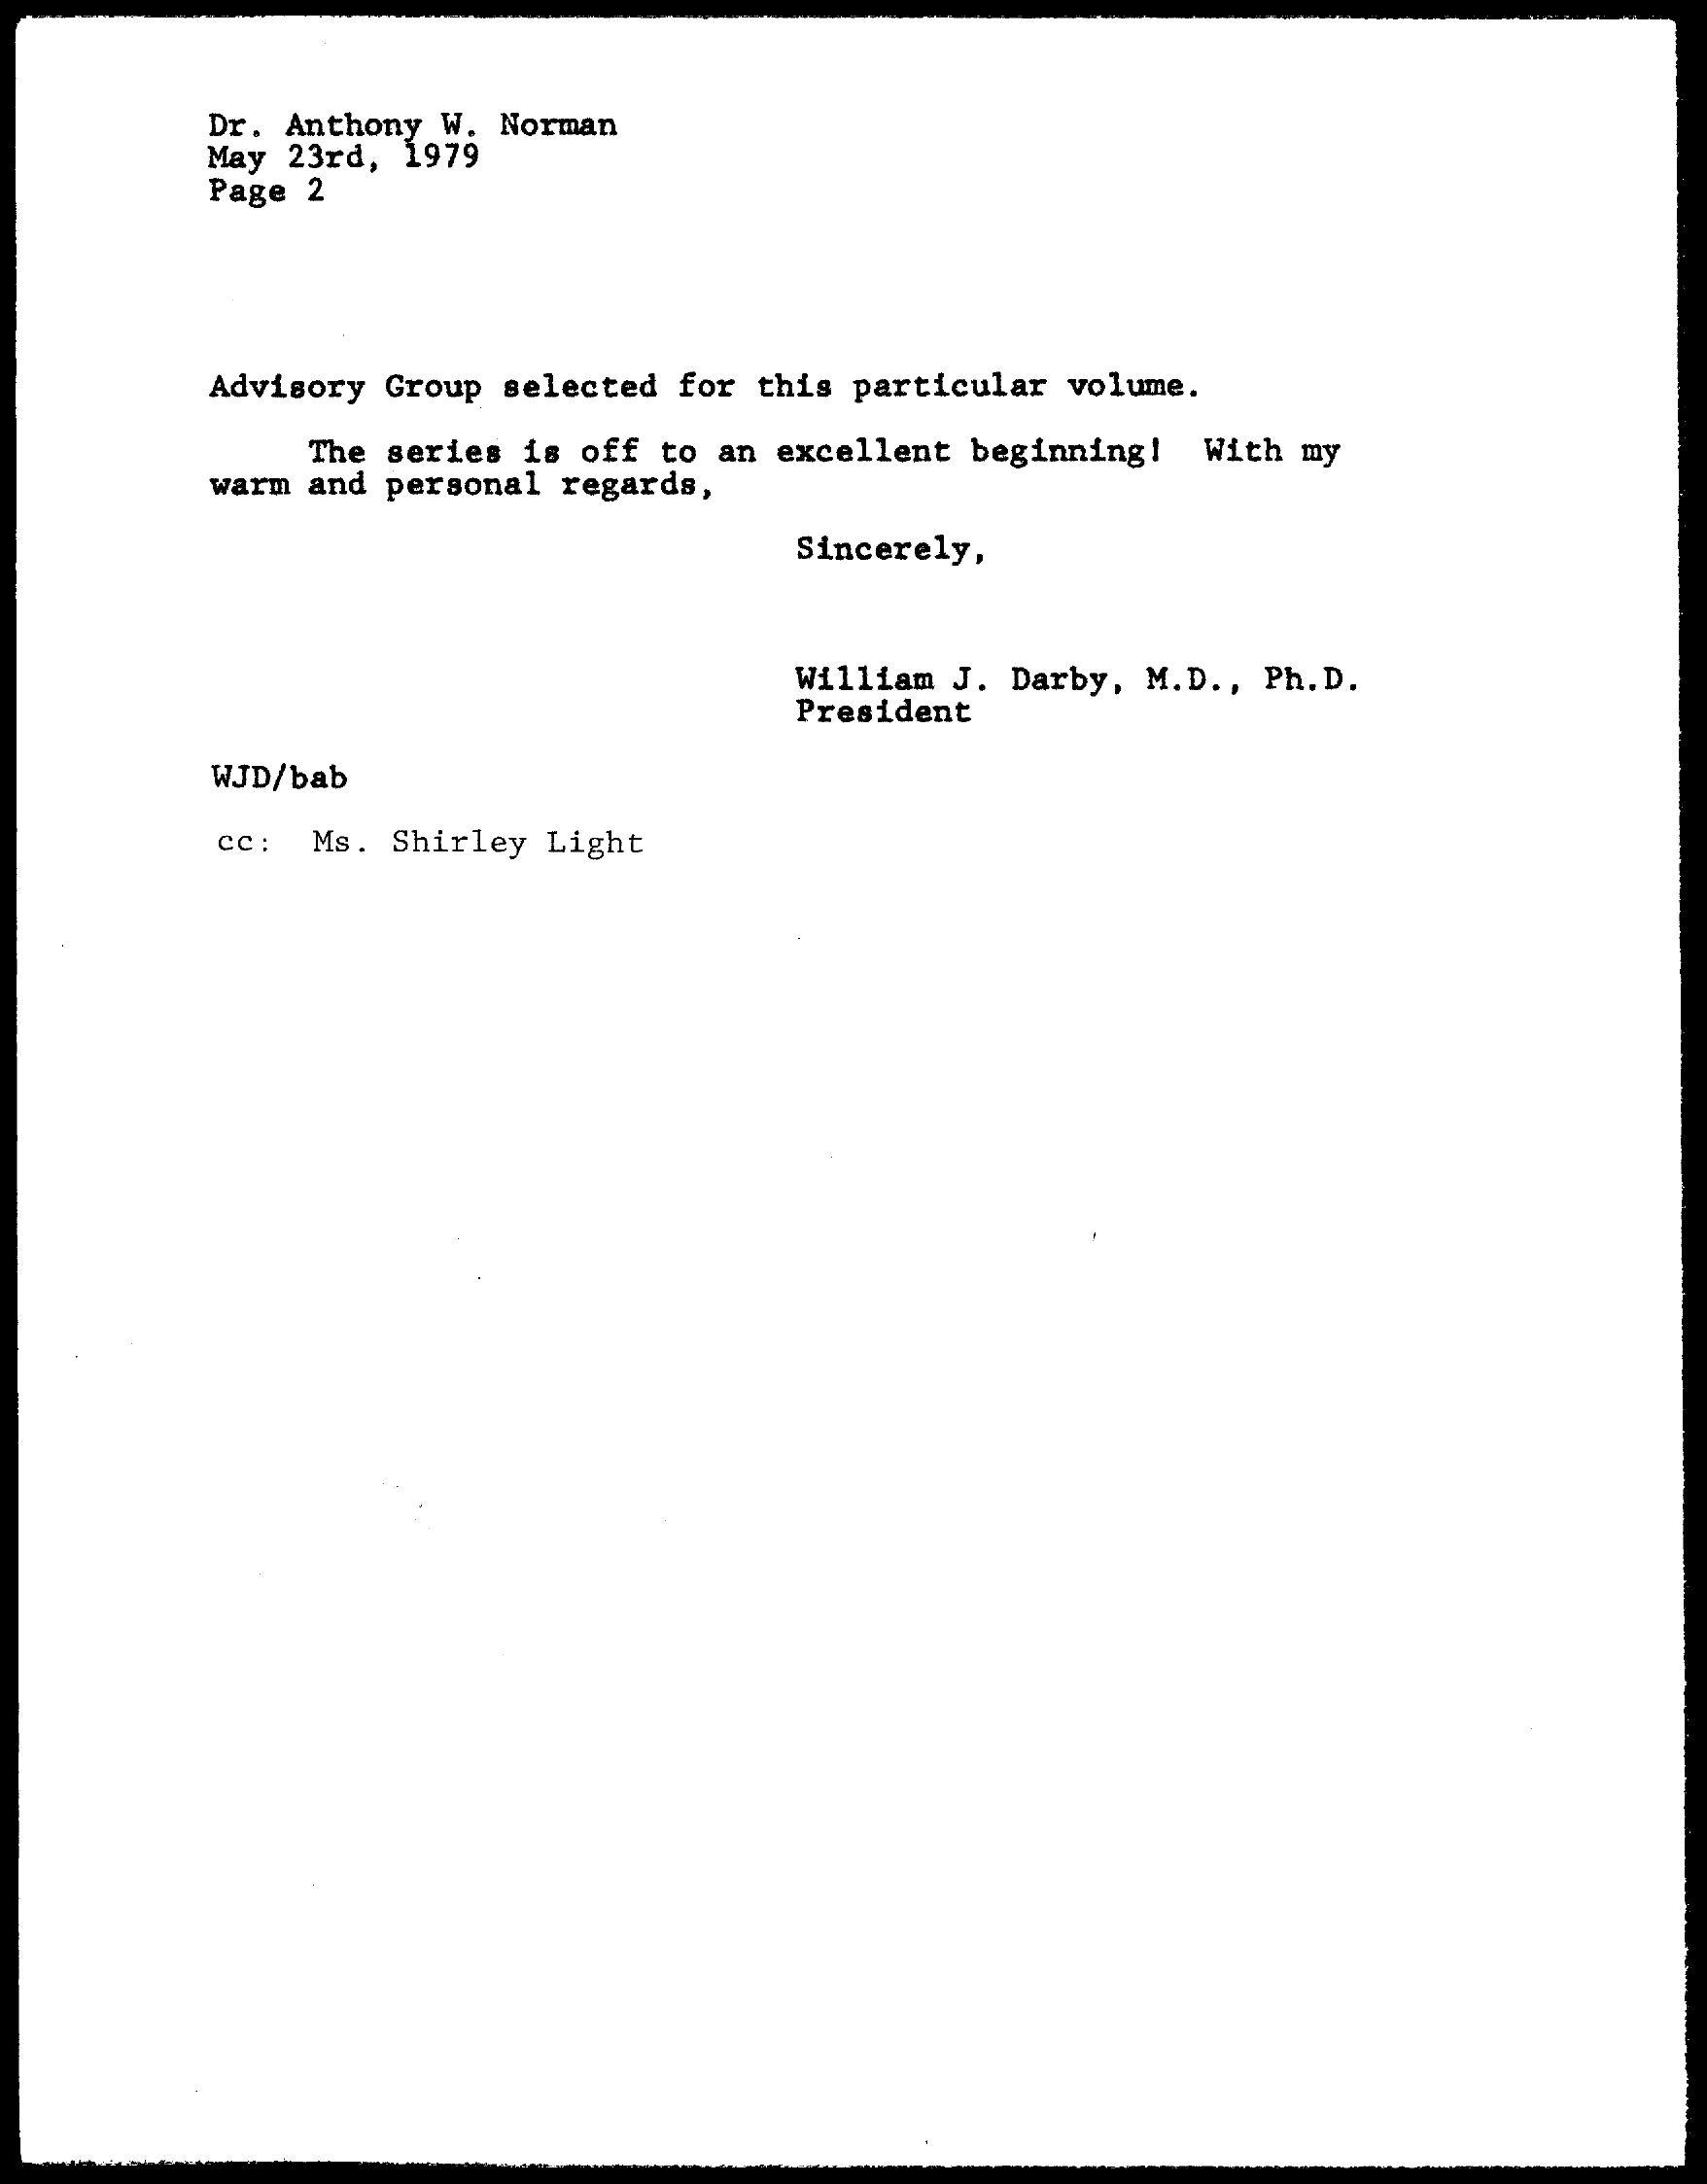
Dr. Anthony W. Norman
     May 23rd, 1979
     Page 2
     Advisory Group selected for this particular volume.
     The series is off to an excellent beginning! With my
     warm and personal regards,
     Sincerely,
     William J. Darby, M.D ., Ph. D.
     President
     WJD/bab
     cc: Ms. Shirley Light